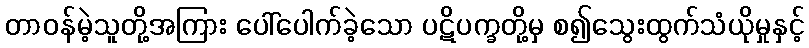
တာဝန်မဲ့သူတို့အကြား ပေါ်ပေါက်ခဲ့သော ပဋိပက္ခတို့မှ စ၍သွေးထွက်သံယိုမှုနှင့်